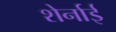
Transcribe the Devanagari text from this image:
शेर्नाई